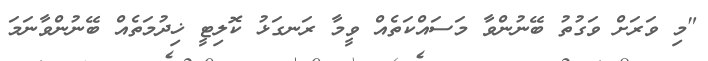
"މި ވަރަށް ވަގުތު ބޭނުންވާ މަސައްކަތެއް ވީމާ ރަނގަޅު ކޮލިޓީ ޚިދުމަތެއް ބޭނުންވާނަމަ